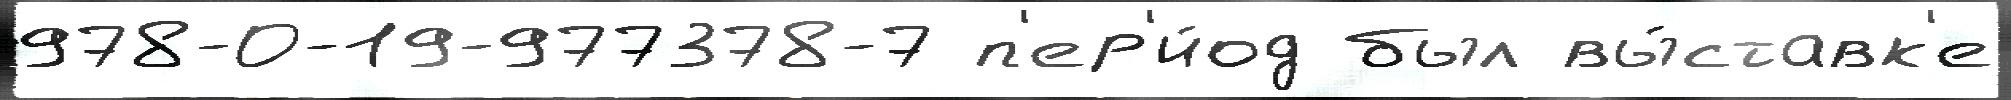
978-0-19-977378-7 п'ер'и́од был вы́ставк'е